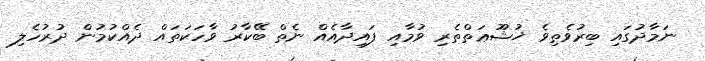
ނަމާދުގައި ބިރުވެތިވެ ޚުޝޫޢަތްތެރި ވުމާއި ފައިދާއެއް ނެތް ބޭކާރު ވާހަކަތައް ދެއްކުމުން ދުރުހެލި